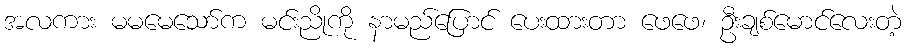
အလကား မမမေသော်က မင်းညိုကို နာမည်ပြောင် ပေးထားတာ ဖေဖေ၊ ဦးချစ်မောင်လေးတဲ့